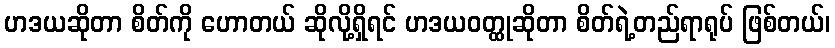
ဟဒယဆိုတာ စိတ်ကို ဟောတယ် ဆိုလို့ရှိရင် ဟဒယဝတ္ထုဆိုတာ စိတ်ရဲ့တည်ရာရုပ် ဖြစ်တယ်၊